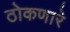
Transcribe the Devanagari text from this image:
ठोकणारे